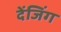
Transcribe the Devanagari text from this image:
देंजिंग